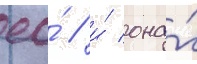
ео́ / и́ она́